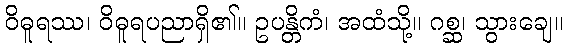
ဝိဓူရဿ၊ ဝိဓူရပညာရှိ၏။ ဥပန္တိကံ၊ အထံသို့။ ဂစ္ဆ၊ သွားချေ။